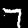
Label: 7